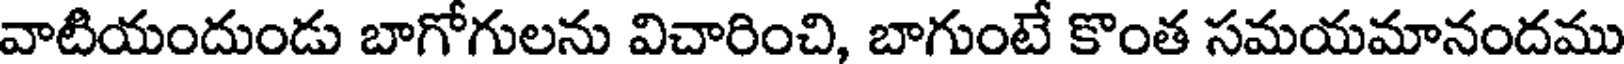
వాటియందుండు బాగోగులను విచారించి, బాగుంటే కొంత సమయమానందము